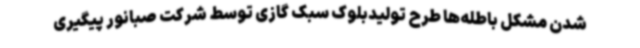
شدن مشکل باطله‌ها طرح تولیدبلوک‌ سبک گازی توسط شرکت صبانور پیگیری